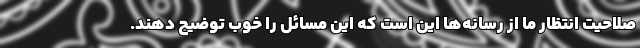
صلاحیت انتظار ما از رسانه‌ها این است که این مسائل را خوب توضیح دهند.